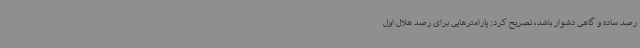
رصد ساده و گاهی دشوار باشد، تصریح کرد: پارامترهایی برای رصد هلال اول